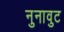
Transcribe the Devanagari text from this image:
नुनावुट